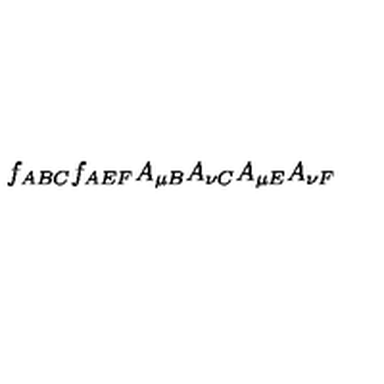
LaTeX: f _ { A B C } f _ { A E F } A _ { \mu B } A _ { \nu C } A _ { \mu E } A _ { \nu F }